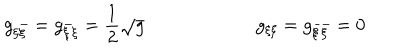
g _ { \xi \bar { \xi } } = g _ { \bar { \xi } \xi } = { \frac { 1 } { 2 } } \sqrt { g } \qquad \qquad \qquad g _ { \xi \xi } = g _ { \bar { \xi } \bar { \xi } } = 0